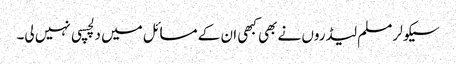
سیکولر مسلم لیڈروں نے بھی کبھی ان کے مسائل میں دلچسپی نہیں لی۔